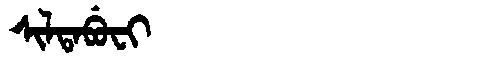
Manchu: ᠰᡳᠯᡨᠠᠪᡠᠸᡳ
Romanization: SILTABUFI